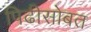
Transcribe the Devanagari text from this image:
पिढीसोबत